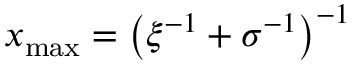
x _ { \mathrm { m a x } } = \left( \xi ^ { - 1 } + \sigma ^ { - 1 } \right) ^ { - 1 }